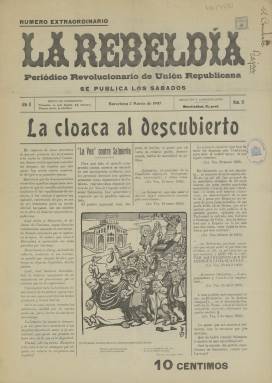
Título: La Rebeldía (Barcelona)
Colección: Periódicos
Ámbito geográfico: Barcelona
Lugar de publicación: Barcelona
Fechas: 02/03/1907-02/03/1907

Periódico efímero de la Unión Republicana, partido que había sido fundado en 1903 por el histórico Nicolás Salmerón, presidente de la I República Española, y por Alejandro Lerroux. A la altura de 1907 el partido estaba ya en trance de desaparecer al haberlo abandonado Salmerón para fundar Solidaritat Catalana, agrupación de diversas formaciones catalanistas y republicanas que obtuvo un gran triunfo en las elecciones de abril de ese año.

  El único número que posee la BNE de este periódico es del mes anterior a esas elecciones, cuando la Unión Republicana estaba ya dividida y La Rebeldía reflejaba el españolismo de Lerroux y su frontal oposición a los partidos regionalistas y autonomistas catalanes.

    El periódico estaba editado en Barcelona y redactado en castellano. En este número especial de marzo de 1907, víspera de las elecciones, podemos comprobar en casi todas sus páginas los virulentos ataques tanto a los catalanistas como al propio Salmerón y la defensa de Lerroux y sus posiciones. Como ejemplo de lo caldeado del ambiente puede leerse en la última página el artículo titulado: ‘Preparad la estaca’, con el antetítulo: ‘Consejos electorales’, una invitación a sus seguidores a ir armados al acto de designación de interventores por si los adversarios catalanistas quisieran impedir su presencia en las mesas electorales. Y el rotundo mensaje de que: ‘Al frente del pueblo estará Alejandro Lerroux, el caudillo que jamás ha faltado en los momentos de peligro’.

    El semanario La Rebeldía había nacido en septiembre de 1906 como órgano anticlerical y revolucionario de los jóvenes republicanos afines a Lerroux, el llamado ‘emperador del Paralelo’ por la demagogia populista con que arengaba a los jóvenes radicales de Barcelona. Al grupo de jóvenes fundadores Lerroux dedicará su célebre artículo ‘¡Rebeldes, rebeldes!’ en el primer número del periódico. Será este artículo el que consagrará al periódico como paradigma del extremismo y el que seguirá gravitando sobre el propio Lerroux durante toda su vida política pese a su progresiva moderación y acercamiento a posiciones de centro derecha. Lerroux acabará siendo en la década de 1930 presidente del Gobierno de la II República.

   En este famoso artículo publicado en La Rebeldía podemos leer frases como éstas citadas en numerosas ocasiones por los historiadores:

 ‘Jóvenes bárbaros de hoy, entrad a saco en la civilización decadente y miserable de este país sin ventura, destruid sus templos, acabad con sus dioses, alzad el velo de las novicias y elevadlas a la categoría de madres para virilizar la especie, penetrad en los registros de la propiedad y haced hogueras con sus papeles para que el fuego purifique la infame organización social, entrad en los hogares humildes y levantad legiones de proletarios para que el mundo tiemble ante sus jueces despiertos’.

  Con esta llamada a la acción no es raro que pronto se produjeran incidentes violentos. A partir de octubre de 1906 jóvenes vinculados al periódico comenzaron a interrumpir los mítines de Solidaritat Catalana con vivas a España y a Lerroux y a provocar alborotos que degeneraron en enero en enfrentamientos a tiros con los adversarios.

Al año de su nacimiento, La Rebeldía, que contaba con una sección fija furibundamente anticlerical llamada ‘Curas en salsa’, había acumulado ya 27 denuncias del fiscal por diferentes motivos.

  Tras el triunfo de Solidaritat Catalana en las elecciones y la división definitiva de la Unión Republicana, Lerroux fundará el Partido Republicano Radical, al que pasarán los jóvenes republicanos afines a sus ideas como los del periódico La Rebeldía, que acabará desapareciendo tras los sucesos de la llamada Semana Trágica de Barcelona de 1909 y la represión gubernamental subsiguiente.

 Para más información sobre este periódico y los jóvenes lerrouxistas de Barcelona puede consultarse en línea el artículo de Joan B. Culla y Clará en la revista Ayer, n.59 (3) 2005

[Descripción publicada el 17/08/2022]